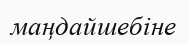
маңдайшебіне